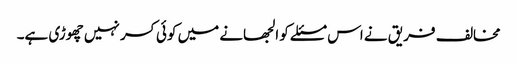
مخالف فریق نے اس مسئلے کو الجھانے میں کوئی کسر نہیں چھوڑی ہے۔